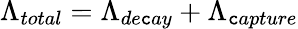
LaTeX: \Lambda_{total}=\Lambda_{de\mathtt{c}ay}+\Lambda_{\mathtt{c}apture}